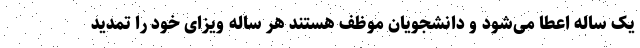
یک ساله اعطا می‌شود و دانشجویان موظف هستند هر ساله ویزای خود را تمدید